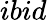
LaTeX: ibid